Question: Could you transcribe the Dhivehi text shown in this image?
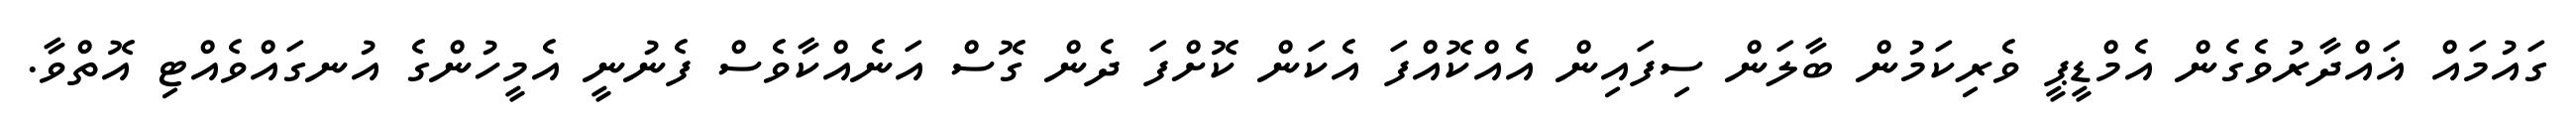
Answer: ގައުމައް ޣައްދާރުވެގެން އެމްޑީޕީ ވެރިކަމުން ބާލަން ސިފައިން އެއްކޮއްފަ އެކަން ކޮށްފަ ދެން ގޮސް އަނެއްކާވެސް ފެނުނީ އެމީހުންގެ އުނގައްވެއްޓި އޮތްވާ.